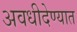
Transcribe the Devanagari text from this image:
अवधीदेण्यात